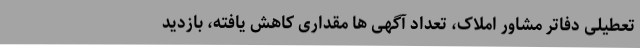
تعطیلی دفاتر مشاور املاک، تعداد آگهی ها مقداری کاهش یافته، بازدید